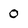
Character: 0